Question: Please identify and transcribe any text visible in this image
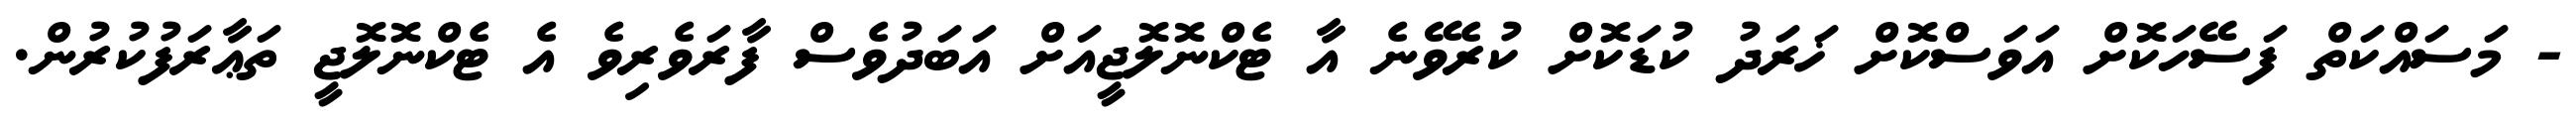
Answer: - މަސައްކަތް ފަސޭހަކޮށް އަވަސްކޮށް ޚަރަދު ކުޑަކޮށް ކުރެވޭނެ އާ ޓެކްނޮލޮޖީއަށް އަބަދުވެސް ފާރަވެރިވެ އެ ޓެކްނޮލޮޖީ ތަޢާރަފުކުރުން.